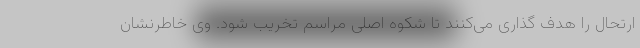
ارتحال را هدف گذاری می‌کنند تا شکوه اصلی مراسم تخریب شود. وی خاطرنشان